Lunatic asylums Punjab 1868-1880 - 1868-1880
Year: 1868
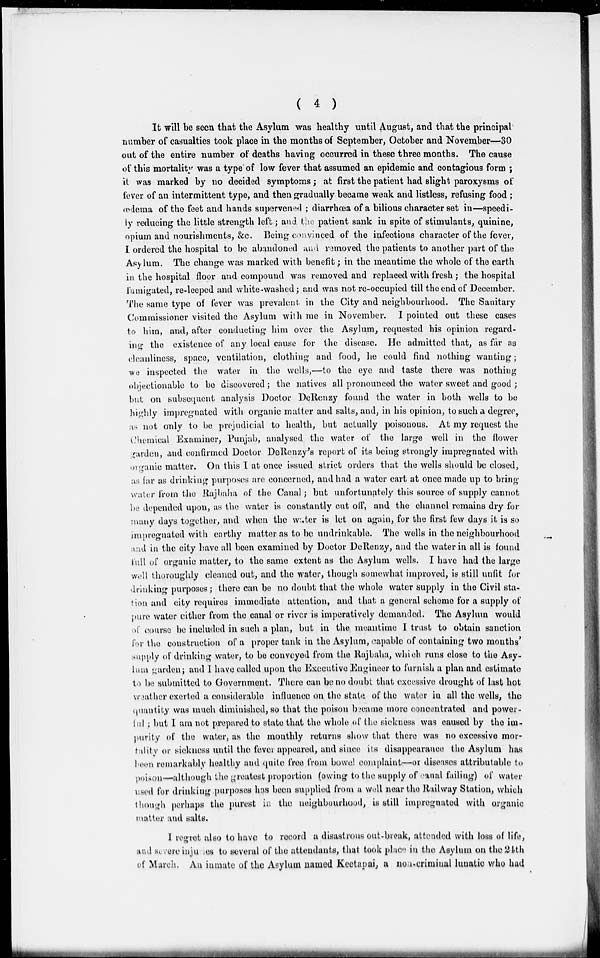
( 4 )
It will be seen that the Asylum was healthy until August, and that the principal
number of casualties took place in the months of September, October and November—30
out of the entire number of deaths having occurred in these three months. The cause
of this mortality was a type of low fever that assumed an epidemic and contagious form ;
it was marked by no decided symptoms ; at first the patient had slight paroxysms of
fever of an intermittent type, and then gradually became weak and listless, refusing food;
œdema of the feet and hands supervened ; diarrhœa of a bilious character set in—speedi-
ly reducing the little strength left ; and the patient sank in spite of stimulants, quinine,
opium and nourishments, &c. Being convinced of the infectious character of the fever,
I ordered the hospital to be abandoned and removed the patients to another part of the
Asylum. The change was marked with benefit ; in the meantime the whole of the earth
in the hospital floor and compound was removed and replaced with fresh; the hospital
fumigated, re-leeped and white-washed; and was not re-occupied till the end of December.
The same type of fever was prevalent in the City and neighbourhood. The Sanitary
Commissioner visited the Asylum with me in November. I pointed out these cases
to him, and, after conducting him over the Asylum, requested his opinion regard-
ing the existence of any local cause for the disease. He admitted that, as far as
cleanliness, space, ventilation, clothing and food, he could find nothing wanting;
we inspected the water in the wells,—to the eye and taste there was nothing
objectionable to be discovered; the natives all pronounced the water sweet and good ;
but on subsequent analysis Doctor DeRenzy found the water in both wells to be
highly impregnated with organic matter and salts, and, in his opinion, to such a degree,
as not only to be prejudicial to health, but actually poisonous. At my request the
Chemical Examiner, Punjab, analysed the water of the large well in the flower
garden, and confirmed Doctor DeRenzy's report of its being strongly impregnated with
organic matter. On this I at once issued strict orders that the wells should be closed,
as far as drinking purposes are concerned, and had a water cart at once made up to bring
water from the Rajbaha of the Canal ; but unfortunately this source of supply cannot
be depended upon, as the water is constantly cut off, and the channel remains dry for
many days together, and when the water is let on again, for the first few days it is so
impregnated with earthy matter as to be undrinkable. The wells in the neighbourhood
and in the city have all been examined by Doctor DeRenzy, and the water in all is found
full of organic matter, to the same extent as the Asylum wells. I have had the large
well thoroughly cleaned out, and the water, though somewhat improved, is still unfit for
drinking purposes; there can be no doubt that the whole water supply in the Civil sta-
tion and city requires immediate attention, and that a general scheme for a supply of
pure water either from the canal or river is imperatively demanded. The Asylum would
of course be included in such a plan, but in the, meantime I trust to obtain sanction
for the construction of a proper tank in the Asylum, capable of containing two months'
supply of drinking water, to be conveyed from the Rajbaha, which runs close to the Asy-
lum garden; and I have called upon the Executive Engineer to furnish a plan and estimate
to be submitted to Government. There can be no doubt that excessive drought of last hot
weather exerted a considerable influence on the state of the water in all the wells, the
quantity was much diminished, so that the poison became more concentrated and power-
ful ; but I am not prepared to state that the whole of the sickness was caused by the im-
purity of the water, as the monthly returns show that there was no excessive mor-
tality or sickness until the fever appeared, and since its disappearance the Asylum has
been remarkably healthy and quite free from bowel complaint—or diseases attributable to
poison—although the greatest proportion (owing to the supply of canal failing) of water
used for drinking purposes has been supplied from a well near the Railway Station, which
though perhaps the purest in the neighbourhood, is still impregnated with organic
matter and salts.
I regret also to have to record a disastrous out-break, attended with loss of life,
and severe injuries to several of the attendants, that took place in the Asylum on the 24th
of March. An inmate of the Asylum named Keetapai, a non-criminal lunatic who had